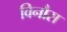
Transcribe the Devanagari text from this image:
विनौस